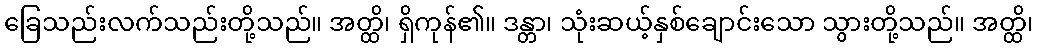
ခြေသည်းလက်သည်းတို့သည်။ အတ္ထိ၊ ရှိကုန်၏။ ဒန္တာ၊ သုံးဆယ့်နှစ်ချောင်းသော သွားတို့သည်။ အတ္ထိ၊